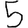
Digit: 5